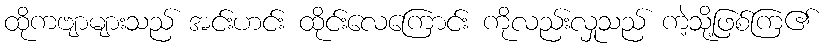
ထိုကဗျာများသည် အင်းဟင်း ထိုင်းလေကြောင်း ကိုလည်းလှုသည် ကဲ့သို့ဖြစ်ကြ၏